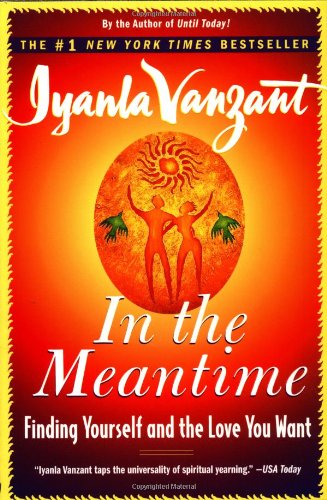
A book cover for In the Meantime: Finding Yourself and the Love You Want; Iyanla Vanzant; Self-Help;